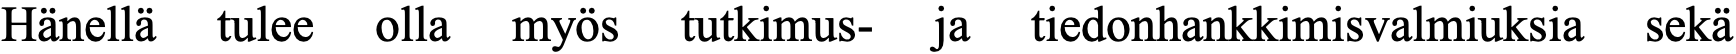
Hänellä tulee olla myös tutkimus- ja tiedonhankkimisvalmiuksia sekä